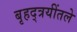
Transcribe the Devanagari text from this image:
बृहद्त्रयींतले